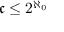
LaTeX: { \mathfrak { c } } \leq 2 ^ { \aleph _ { 0 } }